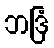
ဘဒြံ